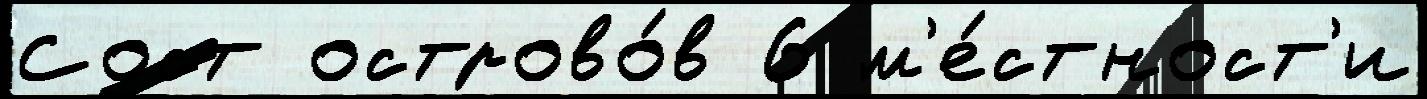
Сост острово́в 6 м'е́стност'и